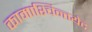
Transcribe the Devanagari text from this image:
कामाश्चिन्तयेद